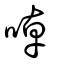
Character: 啅